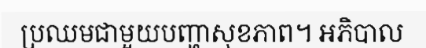
ប្រឈមជាមួយបញ្ហាសុខភាព។ អភិបាល